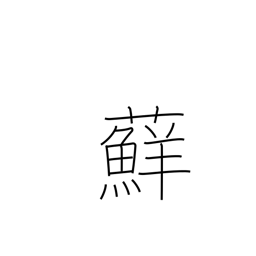
Meaning: moss